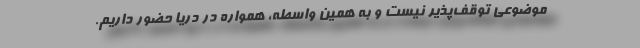
موضوعی توقف‌پذیر نیست و به همین واسطه، همواره در دریا حضور داریم.